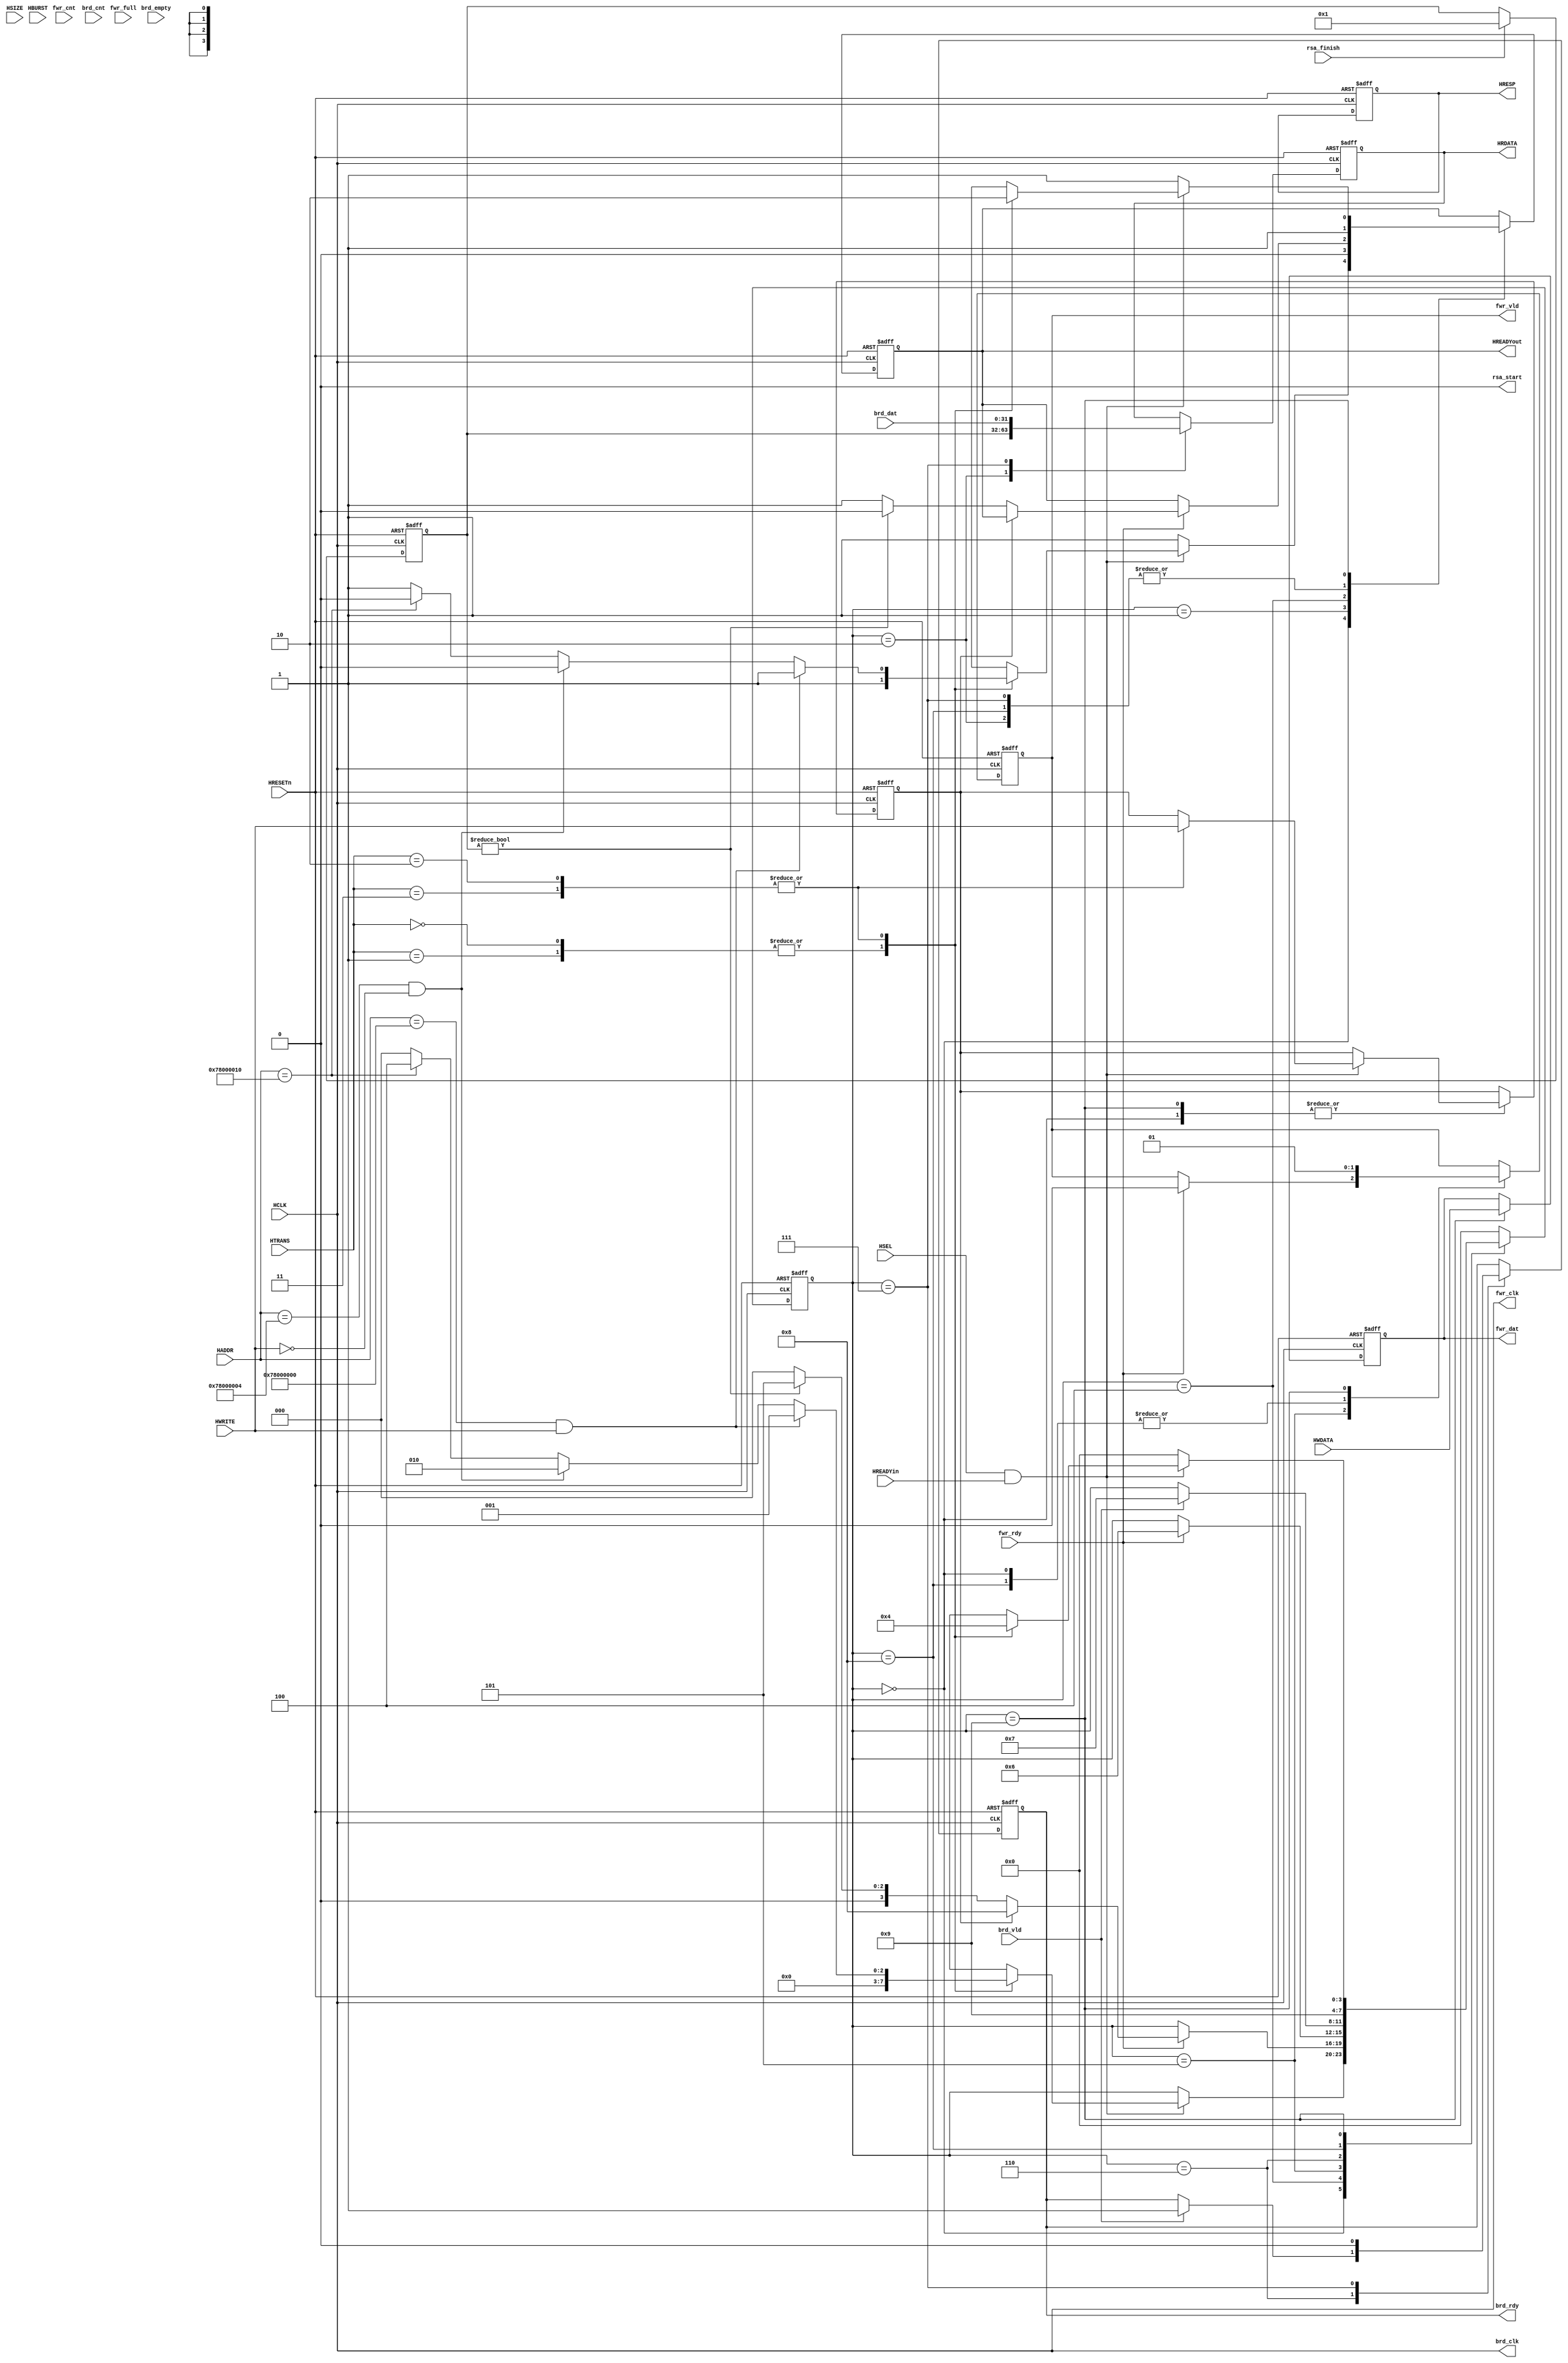
//----------------------------------------------------------------
//  Copyright (c) 2010-2012 by Ando Ki.
//  All right reserved.
//----------------------------------------------------------------
// AHB Slave to synchronous FIFO
//----------------------------------------------------------------
// VERSION: 2012.02.17.
//----------------------------------------------------------------
// Macros and parameters:
//----------------------------------------------------------------
// Note:
//----------------------------------------------------------------
// Signal naming convention:
//    * forward: address and control information goes out
//    * bakward: data information comes in
//    * fwr_ : forward and fifo-write
//    * brd_ : backward and fifo-read
//----------------------------------------------------------------
`timescale 1ns/1ns

module ahb2fifo_slave_core#(
        parameter FIFO_AW=5
    ,   parameter ADDR_BASE = 32'h78000000
    ,   parameter K = 128
    ,   parameter N = 16
)(
    //----------------------------------------------------
    // AHB slave port
        input    wire              HRESETn
    ,   input    wire              HCLK
    ,   input    wire              HSEL
    ,   input    wire [31  :0]     HADDR
    ,   input    wire [1   :0]     HTRANS
    ,   input    wire              HWRITE
    ,   input    wire [2   :0]     HSIZE
    ,   input    wire [2   :0]     HBURST
    ,   input    wire [31  :0]     HWDATA  
    ,   output   reg  [31  :0]     HRDATA
    ,   output   reg  [1   :0]     HRESP
    ,   input    wire              HREADYin
    ,   output   reg               HREADYout
    //----------------------------------------------------
    // FIFO forward: address related
    ,   output  wire               fwr_clk  
    ,   input   wire               fwr_rdy  
    ,   output  reg                fwr_vld  
    ,   output  reg  [31   :0]     fwr_dat  
    ,   input   wire               fwr_full
    ,   input   wire [FIFO_AW:0]   fwr_cnt // how many rooms available
    //----------------------------------------------------
    // FIFO backward: data related
    ,   output  wire               brd_clk  
    ,   output  reg                brd_rdy  
    ,   input   wire               brd_vld  
    ,   input   wire [31   :0]     brd_dat  
    ,   input   wire               brd_empty
    ,   input   wire [FIFO_AW:0]   brd_cnt // how many items available
    //----------------------------------------------------
    // FIFO backward: data related
    ,   output  wire               rsa_start
    ,   input   wire               rsa_finish          
);
    //----------------------------------------------------
    reg [31:0]  REG_STATE [0:1];
    //----------------------------------------------------
    assign fwr_clk   = HCLK;
    assign brd_clk   = HCLK;
    assign rsa_start = (REG_STATE[0] != 0) & (fwr_cnt==(K*N/32));
    //----------------------------------------------------
    reg [31:0]  T_ADDR;
    reg         T_WRITE;
    reg [ 1:0]  T_TRANS;
    reg [ 2:0]  T_BURST;
    reg [ 2:0]  T_SIZE;
    reg [ 4:0]  T_LENG;
    //----------------------------------------------------
    reg [3:0] state;
    localparam  STH_IDLE    = 'h0,
                STH_WREG    = 'h1,
                STH_RREG    = 'h2,
                STH_WAIT    = 'h3,
                STH_ADDR    = 'h4,
                STH_READ0   = 'h5,
                STH_READ1   = 'h6,
                STH_READ2   = 'h7,
                STH_WRITE0  = 'h8,
                STH_WRITE1  = 'h9;

    always @ (posedge HCLK or negedge HRESETn) begin
        if(!HRESETn)begin
            REG_STATE[1] <=  0;
        end
        // else if(rsa_start)begin
        //     REG_STATE[1] <=  0;
        // end
        else if(rsa_finish)begin
            REG_STATE[1] <=  1;
        end
    end


   always @ (posedge HCLK or negedge HRESETn) begin
        if (HRESETn==0) begin
            HRDATA       <=  32'h0;
            HREADYout    <=  1'b1;
            HRESP        <=  2'b00; //`HRESP_OKAY;
            fwr_vld      <=  1'b0;
            fwr_dat      <=  32'h0;
            brd_rdy      <=  1'b0;
            T_ADDR       <=  32'h0;
            T_WRITE      <=  1'b0;
            T_TRANS      <=  2'h0;
            T_BURST      <=  3'h0;
            T_SIZE       <=  3'h0;
            state        <=  STH_IDLE;
            REG_STATE[0] <=  0;
        end else begin // if (HRESETn==0) begin
           case (state)
            STH_IDLE: begin
                fwr_vld   <= 1'b0; // see STH_WRITE1 (should be here)
                if (HSEL && HREADYin) begin
                    case (HTRANS)
                    2'b00, 2'b01: begin //`HTRANS_IDLE,`HTRANS_BUSY
                        HREADYout <= 1'b1;
                        state     <= STH_IDLE;
                    end
                    2'b10, 2'b11: begin //`HTRANS_NONSEQ,`HTRANS_SEQ
                        T_ADDR    <= HADDR;
                        T_WRITE   <= HWRITE;
                        T_TRANS   <= HTRANS;
                        T_BURST   <= HBURST;
                        T_SIZE    <= HSIZE;
                        if((HADDR == (ADDR_BASE + 32'd0)) & HWRITE)begin
                            HREADYout   <=  1'b1;
                            state       <=  STH_WREG;
                        end
                        else if((HADDR == (ADDR_BASE + 32'd4)) & (!HWRITE))begin
                            HREADYout   <=  1'b0;
                            state       <=  STH_RREG;
                        end
                        else if (HADDR == (ADDR_BASE + 32'd16))begin
                            HREADYout   <=  1'b0;
                            state       <=  STH_ADDR;
                        end
                        else begin
                            HREADYout   <=  1'b1;
                            state       <=  STH_IDLE;
                        end
                    end
                    endcase
                end 
                else begin// if (HSEL && HREADYin)
                    HREADYout <= 1'b1;
                end
            end // STH_IDLE
            STH_WREG: begin
                HREADYout       <=  1'b0;
                REG_STATE[0]    <=  HWDATA;
                state           <=  STH_IDLE;
            end
            STH_RREG: begin
                HREADYout       <=  1'b1;
                HRDATA          <=  REG_STATE[1];
                state           <=  STH_IDLE;
            end
            STH_ADDR: begin
                if (fwr_rdy) begin
                    if (T_WRITE) begin
                        state     <= STH_WRITE0;
                    end 
                    else begin
                        if(REG_STATE[1])begin
                            HREADYout <= 1'b0;
                            state     <= STH_READ0;
                        end
                        else begin
                            HREADYout <= 1'b1;
                            state     <= STH_IDLE;
                        end
                    end
                end
            end // STH_ADDR
            STH_READ0: begin
                if (fwr_rdy) begin
                    fwr_vld <= 1'b0;
                    state   <= STH_READ1;
                end
            end // STH_READ0
            STH_READ1: begin
                if (brd_vld) begin
                    brd_rdy <= 1'b1;
                    state   <= STH_READ2;
                end
            end // STH_READ1
            STH_READ2: begin
                HRDATA      <= brd_dat;
                HREADYout   <= 1'b1;
                brd_rdy     <= 1'b0;
                state       <= STH_IDLE;
            end // STH_READ1
            STH_WRITE0: begin
                HREADYout   <= 1'b1;
                fwr_vld     <= 1'b0;
                state       <= STH_WRITE1;
            end // STH_WRITE0
            STH_WRITE1: begin
                fwr_dat  <= HWDATA;
                fwr_vld  <= 1'b1;
                if (HSEL && HREADYin) begin
                    case (HTRANS)
                    2'b00, 2'b01: begin //`HTRANS_IDLE,`HTRANS_BUSY
                        HREADYout <= 1'b1;
                        state     <= STH_IDLE;
                    end
                    2'b10, 2'b11: begin //`HTRANS_NONSEQ,`HTRANS_SEQ
                        T_ADDR    <= HADDR;
                        T_WRITE   <= HWRITE;
                        T_TRANS   <= HTRANS;
                        T_BURST   <= HBURST;
                        T_SIZE    <= HSIZE;
                        HREADYout <= 1'b0;
                        state     <= STH_ADDR;
                    end
                    endcase
                end 
                else begin// if (HSEL && HREADYin)
                    HREADYout <= 1'b1;
                    state     <= STH_IDLE;
                end
            end // STH_WRITE1
            default: begin
                state <= STH_IDLE;
            end
           endcase // state
       end // if (HRESETn==0)
   end // always

   //----------------------------------------------------
   function [4:0] burst_leng;
        input [2:0] burst;
        begin
            case (burst)
            3'b010, 3'b011:  burst_leng = 5'h04;  // increment & wrap 4
            3'b100, 3'b101:  burst_leng = 5'h08;  // increment & wrap8
            3'b110, 3'b111:  burst_leng = 5'h10;  // increment & wrap16
            default: burst_leng = 5'h01;  // all other
            endcase
        end
   endfunction

endmodule
//----------------------------------------------------------------
// Revision History
//
// 2012.02.17.: timescale & include
// 2010.01.07.: Starting based on ahb2ahb_asm_slave_core.v
//              by Ando Ki (adki@dynalith.com)
//----------------------------------------------------------------